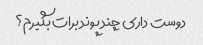
دوست داری چند پوند برات بگیرم؟